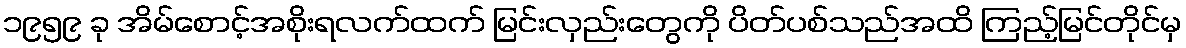
၁၉၅၉ ခု အိမ်စောင့်အစိုးရလက်ထက် မြင်းလှည်းတွေကို ပိတ်ပစ်သည်အထိ ကြည့်မြင်တိုင်မှ